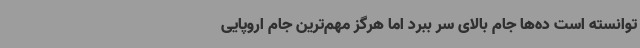
توانسته است ده‌ها جام بالای سر ببرد اما هرگز مهم‌ترین جام اروپایی